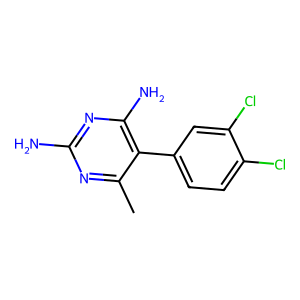
SMILES: Cc1nc(N)nc(N)c1-c1ccc(Cl)c(Cl)c1
Inhibits HIV replication: No